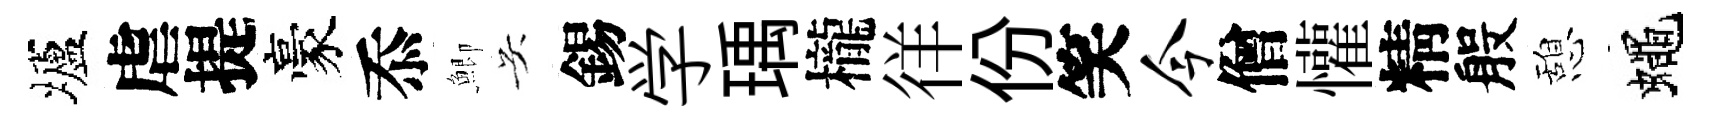
壚虐提豪忝鯽吴錫学瑀櫳徉份笑今僧懽精般憩蠅